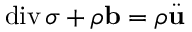
\operatorname { d i v } \boldsymbol { \sigma } + \rho \mathbf { b } = \rho \ddot { \mathbf { u } }